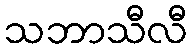
သဘာသီလီ